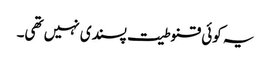
یہ کوئی قنوطیت پسندی نہیں تھی۔